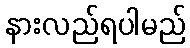
နားလည်ရပါမည်